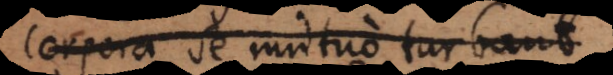
corpora se mutuo turbant